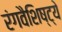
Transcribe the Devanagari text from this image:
रंगवैशिष्ट्ये